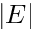
| { E } |